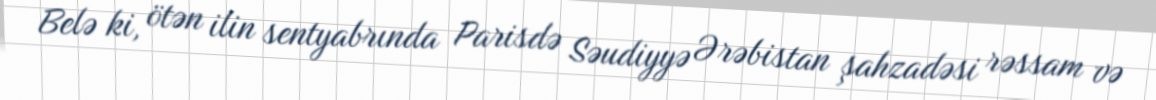
Belə ki, ötən ilin sentyabrında Parisdə Səudiyyə Ərəbistan şahzadəsi rəssam və